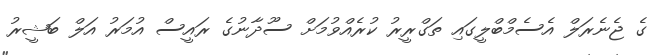
ގެ ޖެނެރަލް އެސެމްބްލީގައި ތަގްރީރު ކުރެއްވުމަށް ސޫދާނުގެ ރައީސް އުމަރު އަލް ބަޝީރު